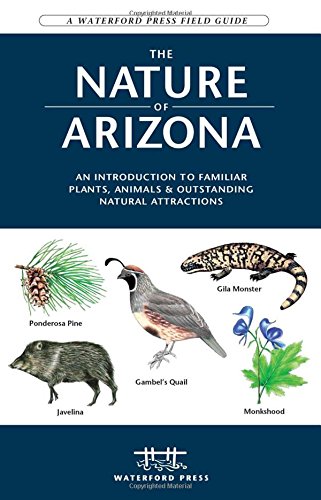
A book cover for The Nature of Arizona, 2nd ed: An Introduction to Familiar Plants, Animals & Outstanding Natural Attractions; James Kavanagh; Science & Math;